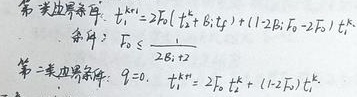
第三类边界条件：\(t_{i}^{k + 1}=2Fo\left(t_{i + 1}^{k}+Bi\cdot t_{f}\right)+(1 - 2Bi\cdot Fo - 2Fo)t_{i}^{k}\)，其中：\(Fo\leqslant\frac{1}{2Bi + 12}\)。

第二类边界条件：\(q = 0\)，\(t_{i}^{k + 1}=2Fo\cdot t_{i + 1}^{k}+(1 - 2Fo)t_{i}^{k}\)。